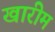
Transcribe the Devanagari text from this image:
खारीम